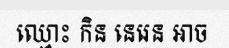
ឈ្មោះ កិន នេរេន អាច